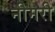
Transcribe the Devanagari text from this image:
नीमरी